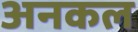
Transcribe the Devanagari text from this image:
अनकल